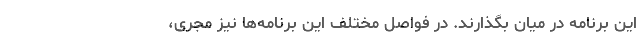
این برنامه در میان بگذارند. در فواصل مختلف این برنامه‌ها نیز مجری،